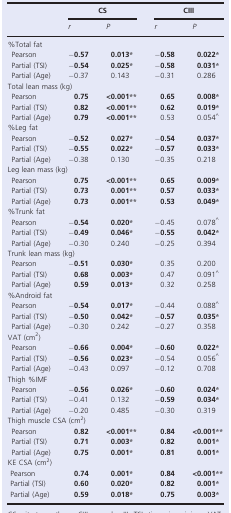
<table><thead><tr><td rowspan="2"></td><td colspan="2"><b>CS</b></td><td colspan="2"><b>CIII</b></td></tr><tr><td><b><i>r</i></b></td><td><b><i>P</i></b></td><td><b><i>r</i></b></td><td><b><i>P</i></b></td></tr></thead><tbody><tr><td colspan="5">%Total fat</td></tr><tr><td>Pearson</td><td><b>−0.57</b></td><td><b>0.013</b>*</td><td><b>−0.58</b></td><td><b>0.022</b>*</td></tr><tr><td>Partial (TSI)</td><td><b>−0.54</b></td><td><b>0.025*</b></td><td><b>−0.58</b></td><td><b>0.031</b>*</td></tr><tr><td>Partial (Age)</td><td><b>−</b>0.37</td><td>0.143</td><td><b>−</b>0.31</td><td>0.286</td></tr><tr><td colspan="5">Total lean mass (kg)</td></tr><tr><td>Pearson</td><td><b>0.75</b></td><td><b>&lt;0.001</b>**</td><td><b>0.65</b></td><td><b>0.008</b>*</td></tr><tr><td>Partial (TSI)</td><td><b>0.82</b></td><td><b>&lt;0.001</b>**</td><td><b>0.62</b></td><td><b>0.019</b>*</td></tr><tr><td>Partial (Age)</td><td><b>0.79</b></td><td><b>&lt;0.001</b>**</td><td>0.53</td><td>0.054^</td></tr><tr><td colspan="5">%Leg fat</td></tr><tr><td>Pearson</td><td><b>−0.52</b></td><td><b>0.027*</b></td><td><b>−0.54</b></td><td><b>0.037</b>*</td></tr><tr><td>Partial (TSI)</td><td><b>−0.55</b></td><td><b>0.022</b>*</td><td><b>−0.57</b></td><td><b>0.033</b>*</td></tr><tr><td>Partial (Age)</td><td><b>−</b>0.38</td><td>0.130</td><td><b>−</b>0.35</td><td>0.218</td></tr><tr><td colspan="5">Leg lean mass (kg)</td></tr><tr><td>Pearson</td><td><b>0.75</b></td><td><b>&lt;0.001**</b></td><td><b>0.65</b></td><td><b>0.009</b>*</td></tr><tr><td>Partial (TSI)</td><td><b>0.73</b></td><td><b>0.001</b>**</td><td><b>0.57</b></td><td><b>0.033</b>*</td></tr><tr><td>Partial (Age)</td><td><b>0.73</b></td><td><b>0.001**</b></td><td><b>0.53</b></td><td><b>0.049</b>*</td></tr><tr><td colspan="5">%Trunk fat</td></tr><tr><td>Pearson</td><td><b>−0.54</b></td><td><b>0.020</b>*</td><td><b>−</b>0.45</td><td>0.078^</td></tr><tr><td>Partial (TSI)</td><td><b>−0.49</b></td><td><b>0.046</b>*</td><td><b>−0.55</b></td><td><b>0.042</b>*</td></tr><tr><td>Partial (Age)</td><td><b>−</b>0.30</td><td>0.240</td><td><b>−</b>0.25</td><td>0.394</td></tr><tr><td colspan="5">Trunk lean mass (kg)</td></tr><tr><td>Pearson</td><td><b>−0.51</b></td><td><b>0.030</b>*</td><td>0.35</td><td>0.200</td></tr><tr><td>Partial (TSI)</td><td><b>0.68</b></td><td><b>0.003</b>*</td><td>0.47</td><td>0.091^</td></tr><tr><td>Partial (Age)</td><td><b>0.59</b></td><td><b>0.013</b>*</td><td>0.32</td><td>0.258</td></tr><tr><td colspan="5">%Android fat</td></tr><tr><td>Pearson</td><td><b>−0.54</b></td><td><b>0.017</b>*</td><td><b>−</b>0.44</td><td>0.088^</td></tr><tr><td>Partial (TSI)</td><td><b>−0.50</b></td><td><b>0.042</b>*</td><td><b>−0.57</b></td><td><b>0.035</b>*</td></tr><tr><td>Partial (Age)</td><td><b>−</b>0.30</td><td>0.242</td><td><b>−</b>0.27</td><td>0.358</td></tr><tr><td colspan="5">VAT (cm<sup>2</sup>)</td></tr><tr><td>Pearson</td><td><b>−0.66</b></td><td><b>0.004</b>*</td><td><b>−0.60</b></td><td><b>0.022</b>*</td></tr><tr><td>Partial (TSI)</td><td><b>−0.56</b></td><td><b>0.023</b>*</td><td><b>−</b>0.54</td><td>0.056^</td></tr><tr><td>Partial (Age)</td><td><b>−</b>0.43</td><td>0.097</td><td><b>−</b>0.12</td><td>0.708</td></tr><tr><td colspan="5">Thigh %IMF</td></tr><tr><td>Pearson</td><td><b>−0.56</b></td><td><b>0.026</b>*</td><td><b>−0.60</b></td><td><b>0.024</b>*</td></tr><tr><td>Partial (TSI)</td><td><b>−</b>0.41</td><td>0.132</td><td><b>−0.59</b></td><td><b>0.034</b>*</td></tr><tr><td>Partial (Age)</td><td><b>−</b>0.20</td><td>0.485</td><td><b>−</b>0.30</td><td>0.319</td></tr><tr><td colspan="5">Thigh muscle CSA (cm<sup>2</sup>)</td></tr><tr><td>Pearson</td><td><b>0.82</b></td><td><b>&lt;0.001</b>**</td><td><b>0.84</b></td><td><b>&lt;0.001</b>**</td></tr><tr><td>Partial (TSI)</td><td><b>0.71</b></td><td><b>0.003</b>*</td><td><b>0.82</b></td><td><b>0.001</b>*</td></tr><tr><td>Partial (Age)</td><td><b>0.75</b></td><td><b>0.001</b>*</td><td><b>0.81</b></td><td><b>0.001</b>*</td></tr><tr><td colspan="5">KE CSA (cm<sup>2</sup>)</td></tr><tr><td>Pearson</td><td><b>0.74</b></td><td><b>0.001</b>*</td><td><b>0.84</b></td><td><b>&lt;0.001</b>**</td></tr><tr><td>Partial (TSI)</td><td><b>0.60</b></td><td><b>0.020</b>*</td><td><b>0.82</b></td><td><b>0.001</b>*</td></tr><tr><td>Partial (Age)</td><td><b>0.59</b></td><td><b>0.018</b>*</td><td><b>0.75</b></td><td><b>0.003</b>*</td></tr></tbody></table>